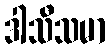
ဒါသီသမာ